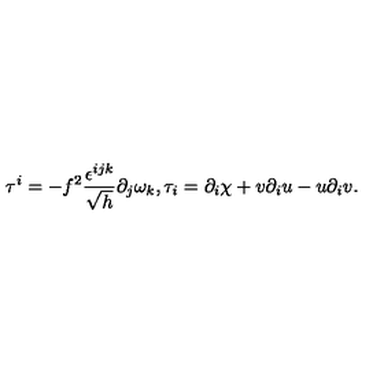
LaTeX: \tau ^ { i } = - f ^ { 2 } \frac { \epsilon ^ { i j k } } { \sqrt { h } } \partial _ { j } \omega _ { k } , \tau _ { i } = \partial _ { i } \chi + v \partial _ { i } u - u \partial _ { i } v .